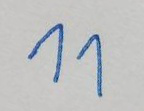
11